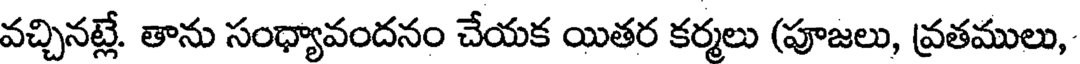
వచ్చినట్లే. తాను సంధ్యావందనం చేయక యితర కర్మలు (పూజలు, వ్రతములు,